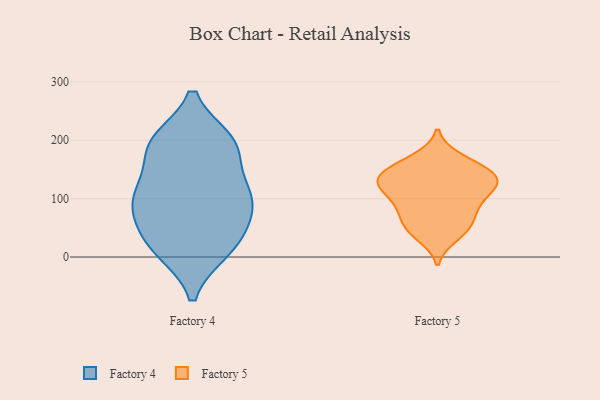
{"axis": {"x": "Net Income (USD K)", "y": "Value"}, "legend": ["Factory 4", "Factory 5"], "data": [{"x": "", "y": 199, "type": "Factory 4"}, {"x": "", "y": 197, "type": "Factory 4"}, {"x": "", "y": 50, "type": "Factory 4"}, {"x": "", "y": 12, "type": "Factory 4"}, {"x": "", "y": 100, "type": "Factory 4"}, {"x": "", "y": 113, "type": "Factory 4"}, {"x": "", "y": 10, "type": "Factory 4"}, {"x": "", "y": 171, "type": "Factory 4"}, {"x": "", "y": 89, "type": "Factory 4"}, {"x": "", "y": 193, "type": "Factory 4"}, {"x": "", "y": 116, "type": "Factory 4"}, {"x": "", "y": 112, "type": "Factory 4"}, {"x": "", "y": 78, "type": "Factory 4"}, {"x": "", "y": 199, "type": "Factory 4"}, {"x": "", "y": 13, "type": "Factory 4"}, {"x": "", "y": 47, "type": "Factory 4"}, {"x": "", "y": 115, "type": "Factory 5"}, {"x": "", "y": 76, "type": "Factory 5"}, {"x": "", "y": 138, "type": "Factory 5"}, {"x": "", "y": 135, "type": "Factory 5"}, {"x": "", "y": 35, "type": "Factory 5"}, {"x": "", "y": 116, "type": "Factory 5"}, {"x": "", "y": 143, "type": "Factory 5"}, {"x": "", "y": 47, "type": "Factory 5"}, {"x": "", "y": 98, "type": "Factory 5"}, {"x": "", "y": 42, "type": "Factory 5"}, {"x": "", "y": 110, "type": "Factory 5"}, {"x": "", "y": 170, "type": "Factory 5"}, {"x": "", "y": 70, "type": "Factory 5"}, {"x": "", "y": 167, "type": "Factory 5"}, {"x": "", "y": 126, "type": "Factory 5"}, {"x": "", "y": 143, "type": "Factory 5"}, {"x": "", "y": 62, "type": "Factory 5"}, {"x": "", "y": 149, "type": "Factory 5"}, {"x": "", "y": 89, "type": "Factory 5"}, {"x": "", "y": 132, "type": "Factory 5"}]}